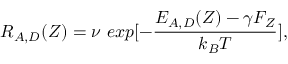
\, \, R _ { A , D } ( Z ) = \nu \ e x p [ - \frac { E _ { A , D } ( Z ) - \gamma F _ { Z } } { k _ { B } T } ] ,